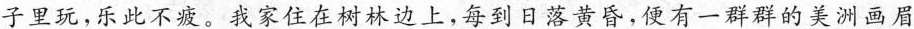
子里玩，乐此不疲。我家住在树林边上，每到日落黄昏，便有一群群的美洲画眉